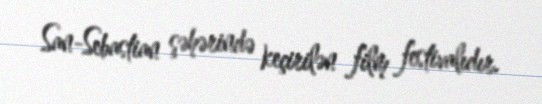
San-Sebastian şəhərində keçirilən film festivalıdır.